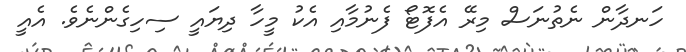
ހަނދާން ނެތުނަސް މިރޭ އެފޮޓޯ ފެނުމާއި އެކު މީހާ ދިޔައީ ސިހިގެންނެވެ. އެއީ